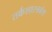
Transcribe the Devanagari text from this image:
तर्कशास्त्रग्रंथ